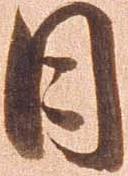
日